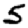
Digit: 5